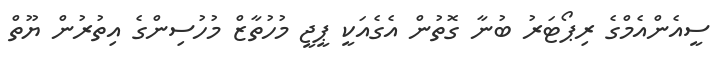
ސީއެންއެމްގެ ރިޕޯޓަރު ބުނާ ގޮތުން އެގެއަކީ ޕީޖީ މުހުތާޒް މުހުސިންގެ އިތުރުން ޔޫތް